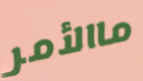
ماالأمر